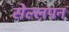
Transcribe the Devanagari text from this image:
सेल्लपन